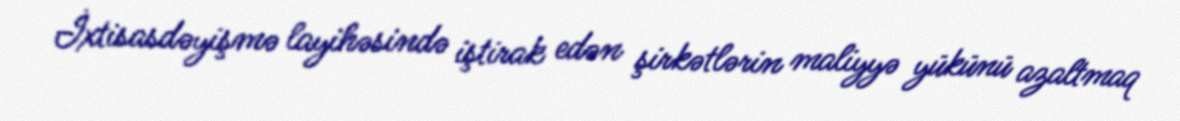
İxtisasdəyişmə layihəsində iştirak edən şirkətlərin maliyyə yükünü azaltmaq